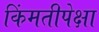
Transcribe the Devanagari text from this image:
किंमतीपेक्षा